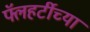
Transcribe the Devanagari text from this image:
फ्लॅहर्टीच्या